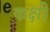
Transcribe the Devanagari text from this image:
कक्षी